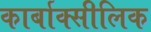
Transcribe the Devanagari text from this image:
कार्बाक्सीलिक